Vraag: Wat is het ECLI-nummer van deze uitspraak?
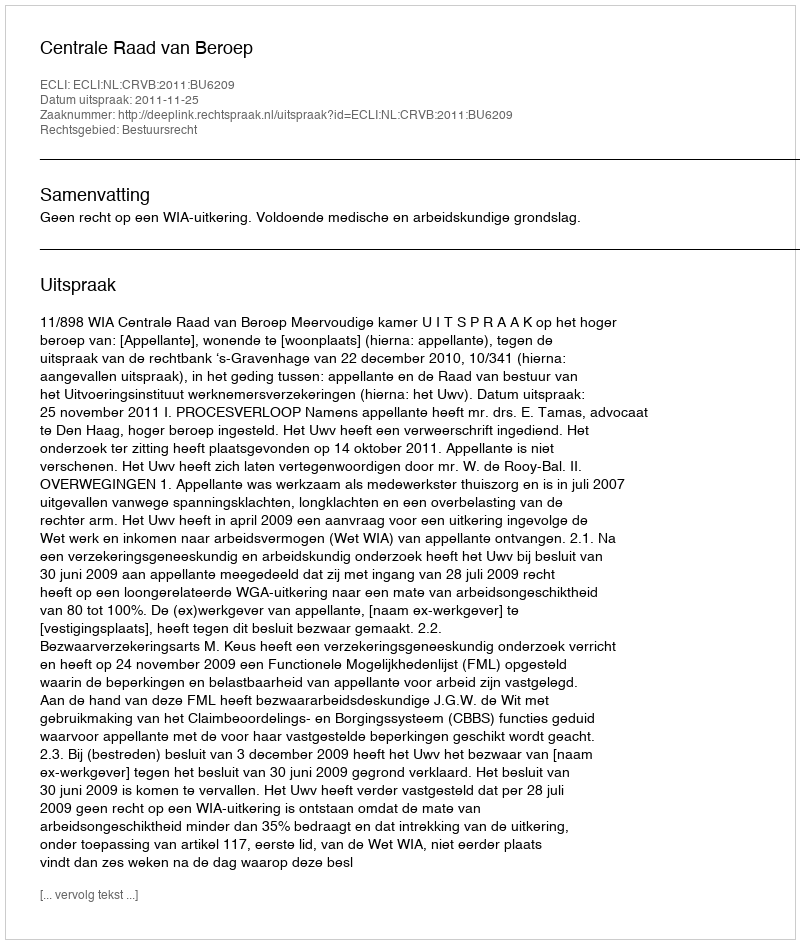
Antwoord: ECLI:NL:CRVB:2011:BU6209